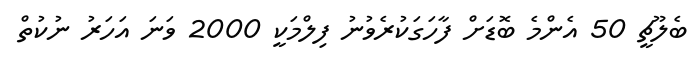
ބެލޫޗީ 50 އެންމެ ބޮޑަށް ފާހަގަކުރެވުނު ފިލްމަކީ 2000 ވަނަ އަހަރު ނުކުތް